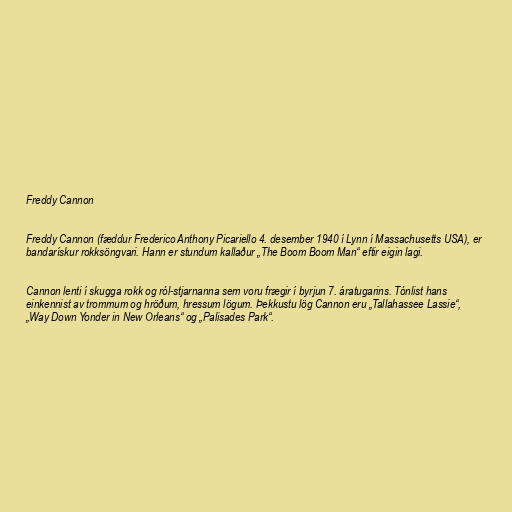
Freddy Cannon

Freddy Cannon (fæddur Frederico Anthony Picariello 4. desember 1940 í Lynn í Massachusetts USA), er
bandarískur rokksöngvari. Hann er stundum kallaður „The Boom Boom Man“ eftir eigin lagi.

Cannon lenti í skugga rokk og ról-stjarnanna sem voru frægir í byrjun 7. áratugarins. Tónlist hans
einkennist av trommum og hröðum, hressum lögum. Þekkustu lög Cannon eru „Tallahassee Lassie“,
„Way Down Yonder in New Orleans“ og „Palisades Park“.